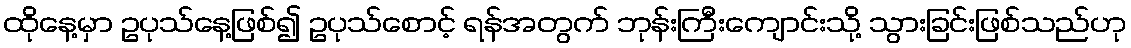
ထိုနေ့မှာ ဥပုသ်နေ့ဖြစ်၍ ဥပုသ်စောင့် ရန်အတွက် ဘုန်းကြီးကျောင်းသို့ သွားခြင်းဖြစ်သည်ဟု